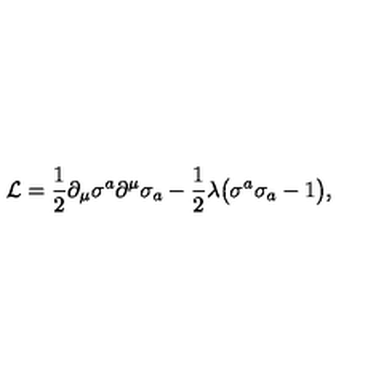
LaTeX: { \cal L } = \frac { 1 } { 2 } \partial _ { \mu } \sigma ^ { a } \partial ^ { \mu } \sigma _ { a } - \frac { 1 } { 2 } \lambda \bigl ( \sigma ^ { a } \sigma _ { a } - 1 \bigr ) ,